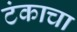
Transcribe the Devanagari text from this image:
टंकाचा